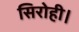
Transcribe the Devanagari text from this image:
सिरोही।